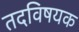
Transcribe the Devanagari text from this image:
तदविषयक